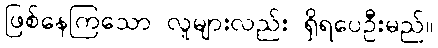
ဖြစ်နေကြသော လူများလည်း ရှိရပေဦးမည်။